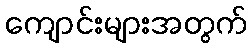
ကျောင်းများအတွက်